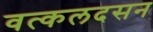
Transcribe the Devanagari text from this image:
वत्कलदसन